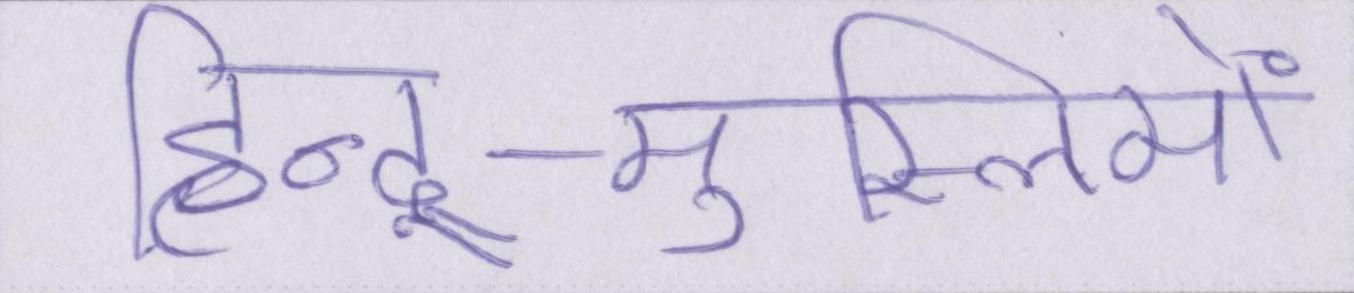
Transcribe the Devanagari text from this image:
हिन्दू-मुस्लिमों